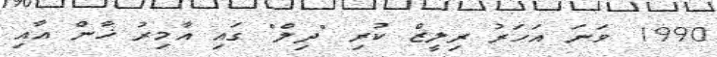
1990 ވަނަ އަހަރު ރިލީޒް ކުރި "ދިލް" ގައި އާމިރު ޚާން އާއި